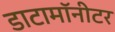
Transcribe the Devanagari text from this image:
डाटामॉनीटर